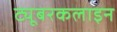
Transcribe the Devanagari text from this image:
ट्यूबरकलाइन